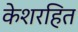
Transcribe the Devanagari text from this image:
केशरहित